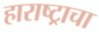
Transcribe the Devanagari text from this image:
हाराष्ट्राचा